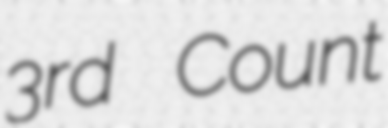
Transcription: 3rd Count